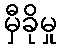
မှီခိုမှု